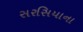
સરસિયાના